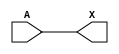
module sky130_fd_sc_hd__dlygate4sd3 (
    X,
    A
);
    output X;
    input  A;
    wire buf0_out_X;
    buf buf0 (buf0_out_X, A              );
    buf buf1 (X         , buf0_out_X     );
endmodule